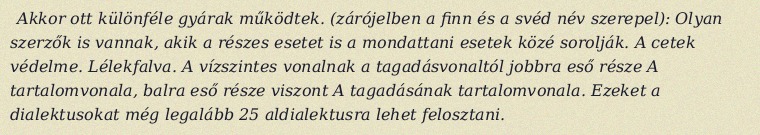
Akkor ott különféle gyárak működtek. (zárójelben a finn és a svéd név szerepel): Olyan szerzők is vannak, akik a részes esetet is a mondattani esetek közé sorolják. A cetek védelme. Lélekfalva. A vízszintes vonalnak a tagadásvonaltól jobbra eső része A tartalomvonala, balra eső része viszont A tagadásának tartalomvonala. Ezeket a dialektusokat még legalább 25 aldialektusra lehet felosztani.